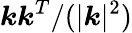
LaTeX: \boldsymbol k\boldsymbol k^{T}/(|\boldsymbol k|^{2})